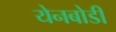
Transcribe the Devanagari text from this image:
येनबोडी